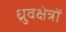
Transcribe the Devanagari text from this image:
ध्रुवक्षेत्रों